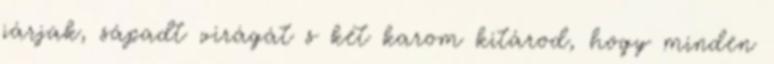
járjak, sápadt virágát s két karom kitárod, hogy minden